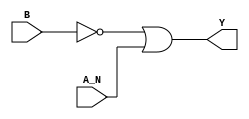
/*
 * Copyright 2020 The SkyWater PDK Authors
 *
 * Licensed under the Apache License, Version 2.0 (the "License");
 * you may not use this file except in compliance with the License.
 * You may obtain a copy of the License at
 *
 *     https://www.apache.org/licenses/LICENSE-2.0
 *
 * Unless required by applicable law or agreed to in writing, software
 * distributed under the License is distributed on an "AS IS" BASIS,
 * WITHOUT WARRANTIES OR CONDITIONS OF ANY KIND, either express or implied.
 * See the License for the specific language governing permissions and
 * limitations under the License.
 *
 * SPDX-License-Identifier: Apache-2.0
*/


`ifndef SKY130_FD_SC_LP__NAND2B_BEHAVIORAL_V
`define SKY130_FD_SC_LP__NAND2B_BEHAVIORAL_V

/**
 * nand2b: 2-input NAND, first input inverted.
 *
 * Verilog simulation functional model.
 */

`timescale 1ns / 1ps
`default_nettype none

`celldefine
module sky130_fd_sc_lp__nand2b (
    Y  ,
    A_N,
    B
);

    // Module ports
    output Y  ;
    input  A_N;
    input  B  ;

    // Module supplies
    supply1 VPWR;
    supply0 VGND;
    supply1 VPB ;
    supply0 VNB ;

    // Local signals
    wire not0_out ;
    wire or0_out_Y;

    //  Name  Output     Other arguments
    not not0 (not0_out , B              );
    or  or0  (or0_out_Y, not0_out, A_N  );
    buf buf0 (Y        , or0_out_Y      );

endmodule
`endcelldefine

`default_nettype wire
`endif  // SKY130_FD_SC_LP__NAND2B_BEHAVIORAL_V